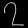
Digit: ၇